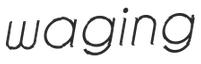
waging